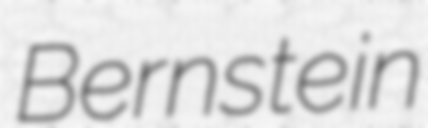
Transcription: Bernstein